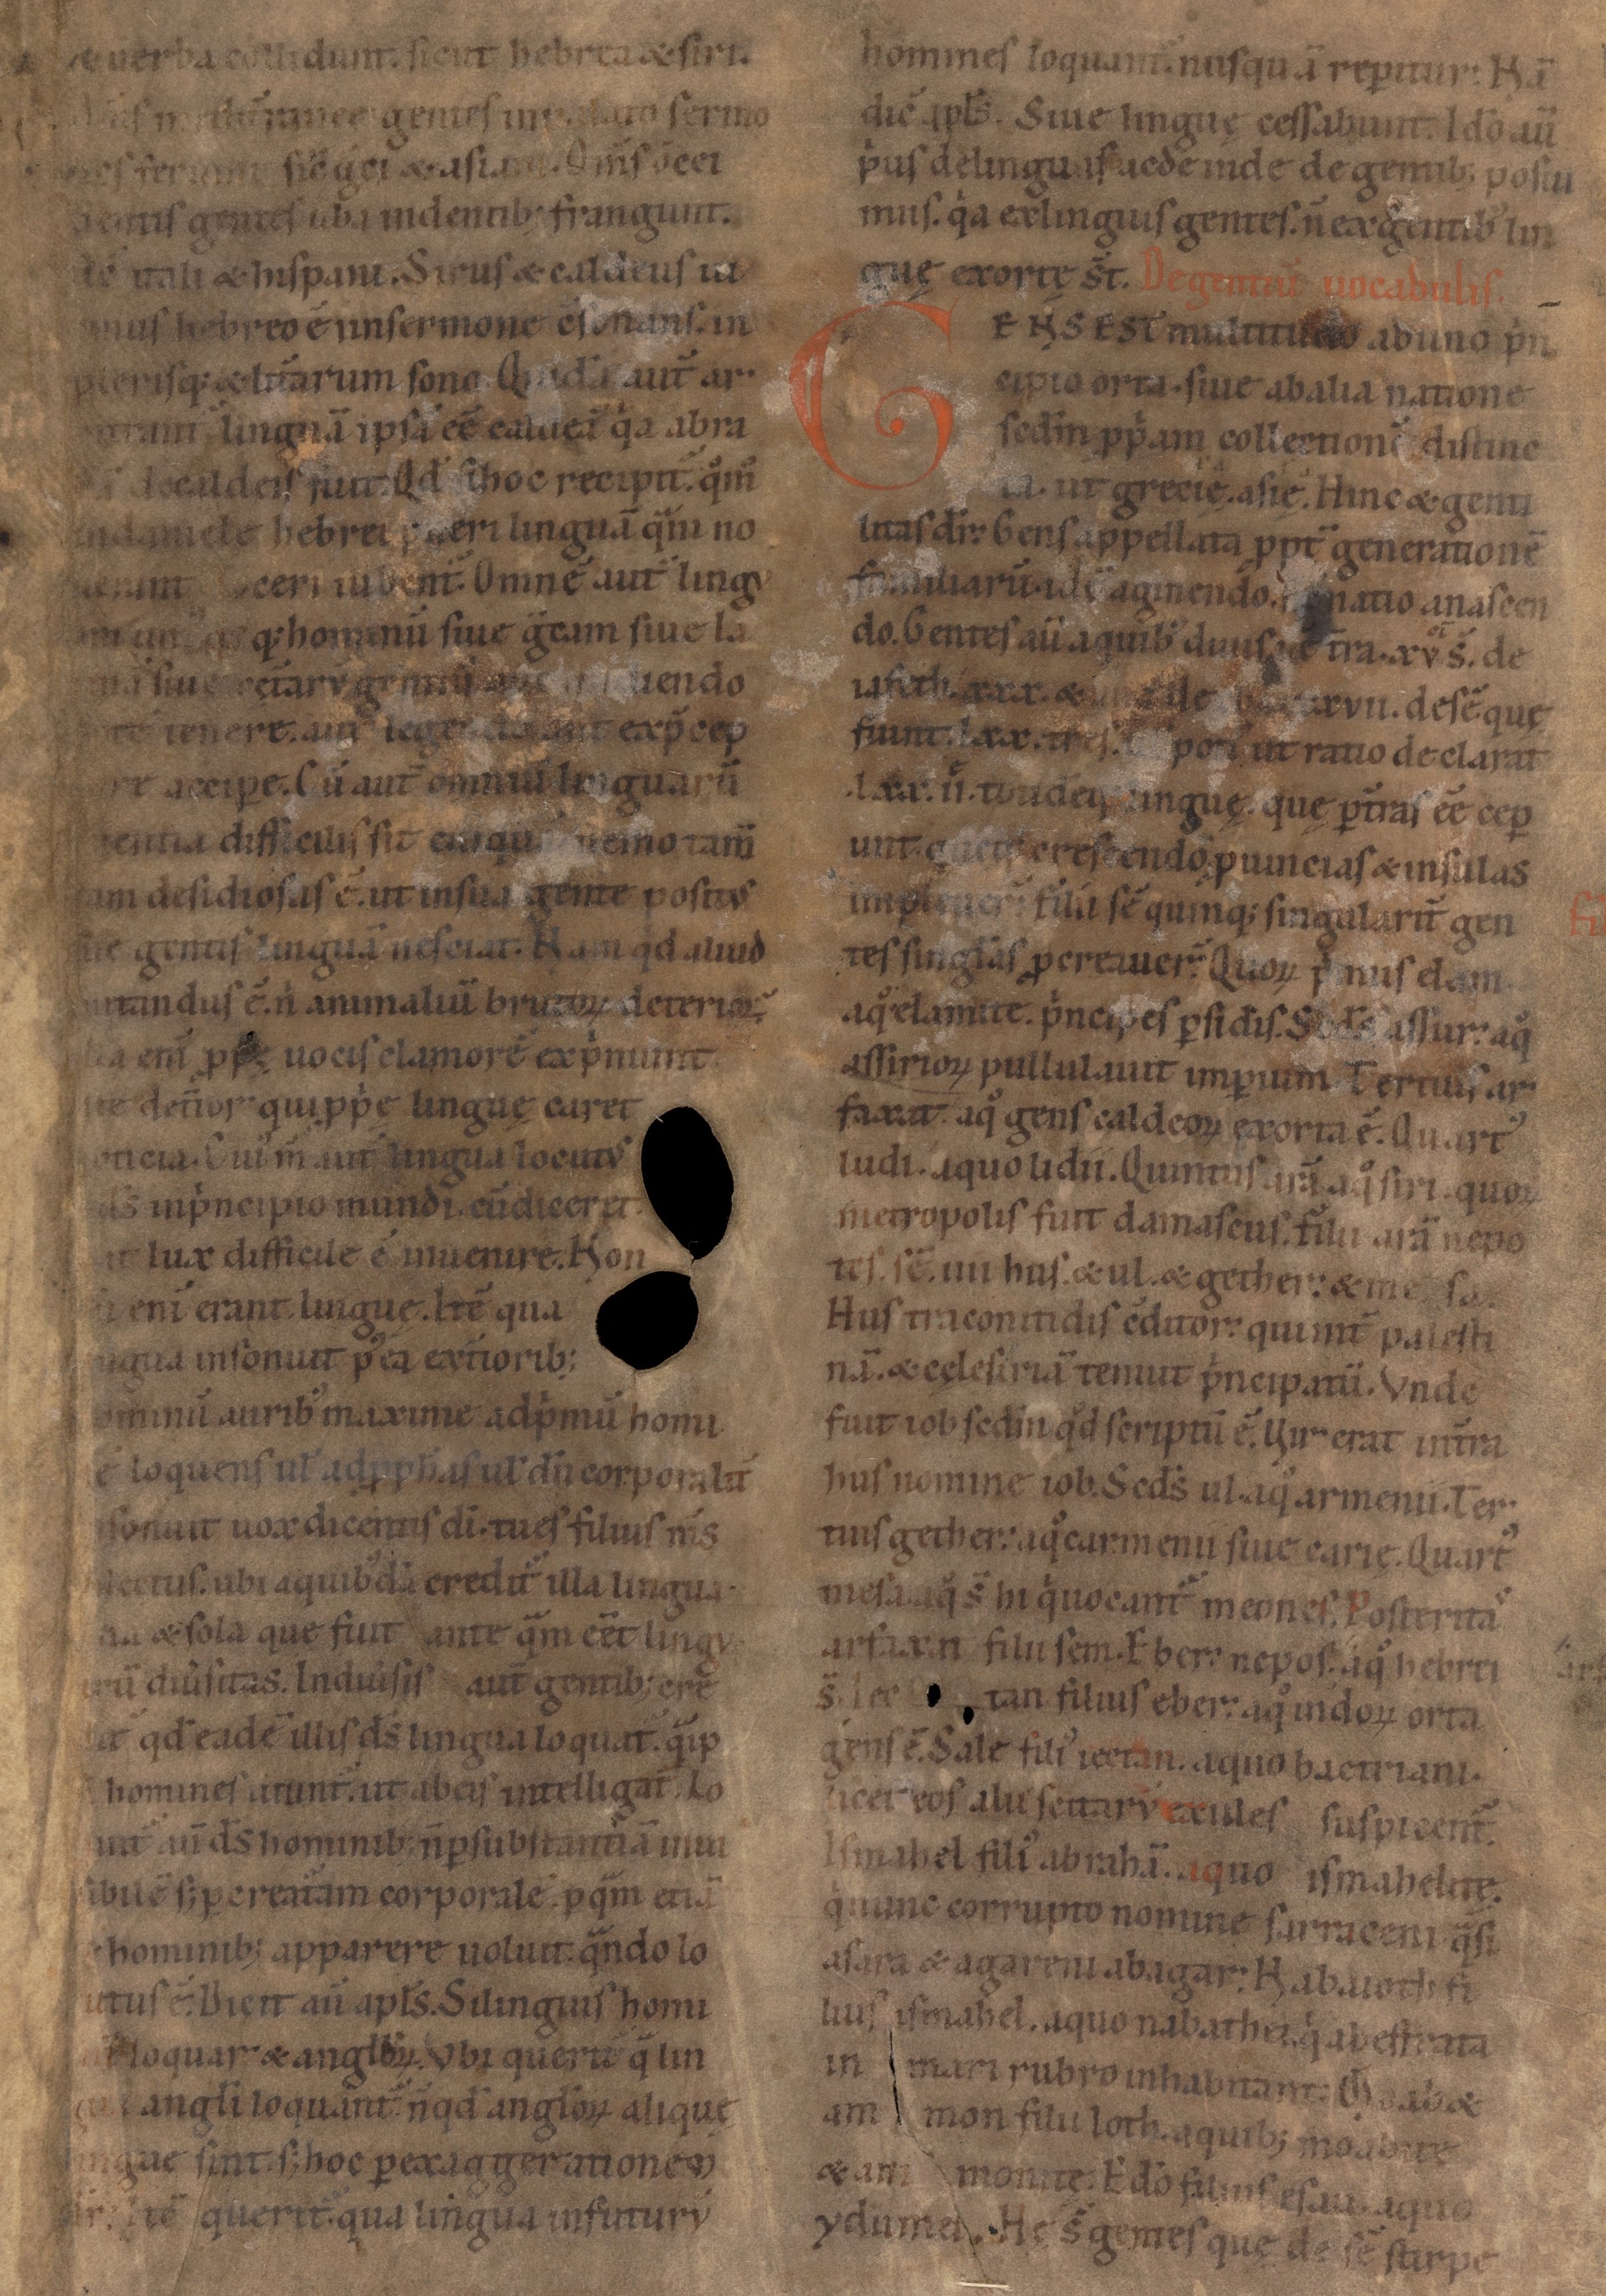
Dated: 1100–1199